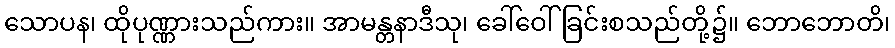
သောပန၊ ထိုပုဏ္ဏားသည်ကား။ အာမန္တနာဒီသု၊ ခေါ်ဝေါ်ခြင်းစသည်တို့၌။ ဘောဘောတိ၊